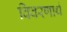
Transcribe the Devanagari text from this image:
विवरणार्थ